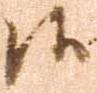
候